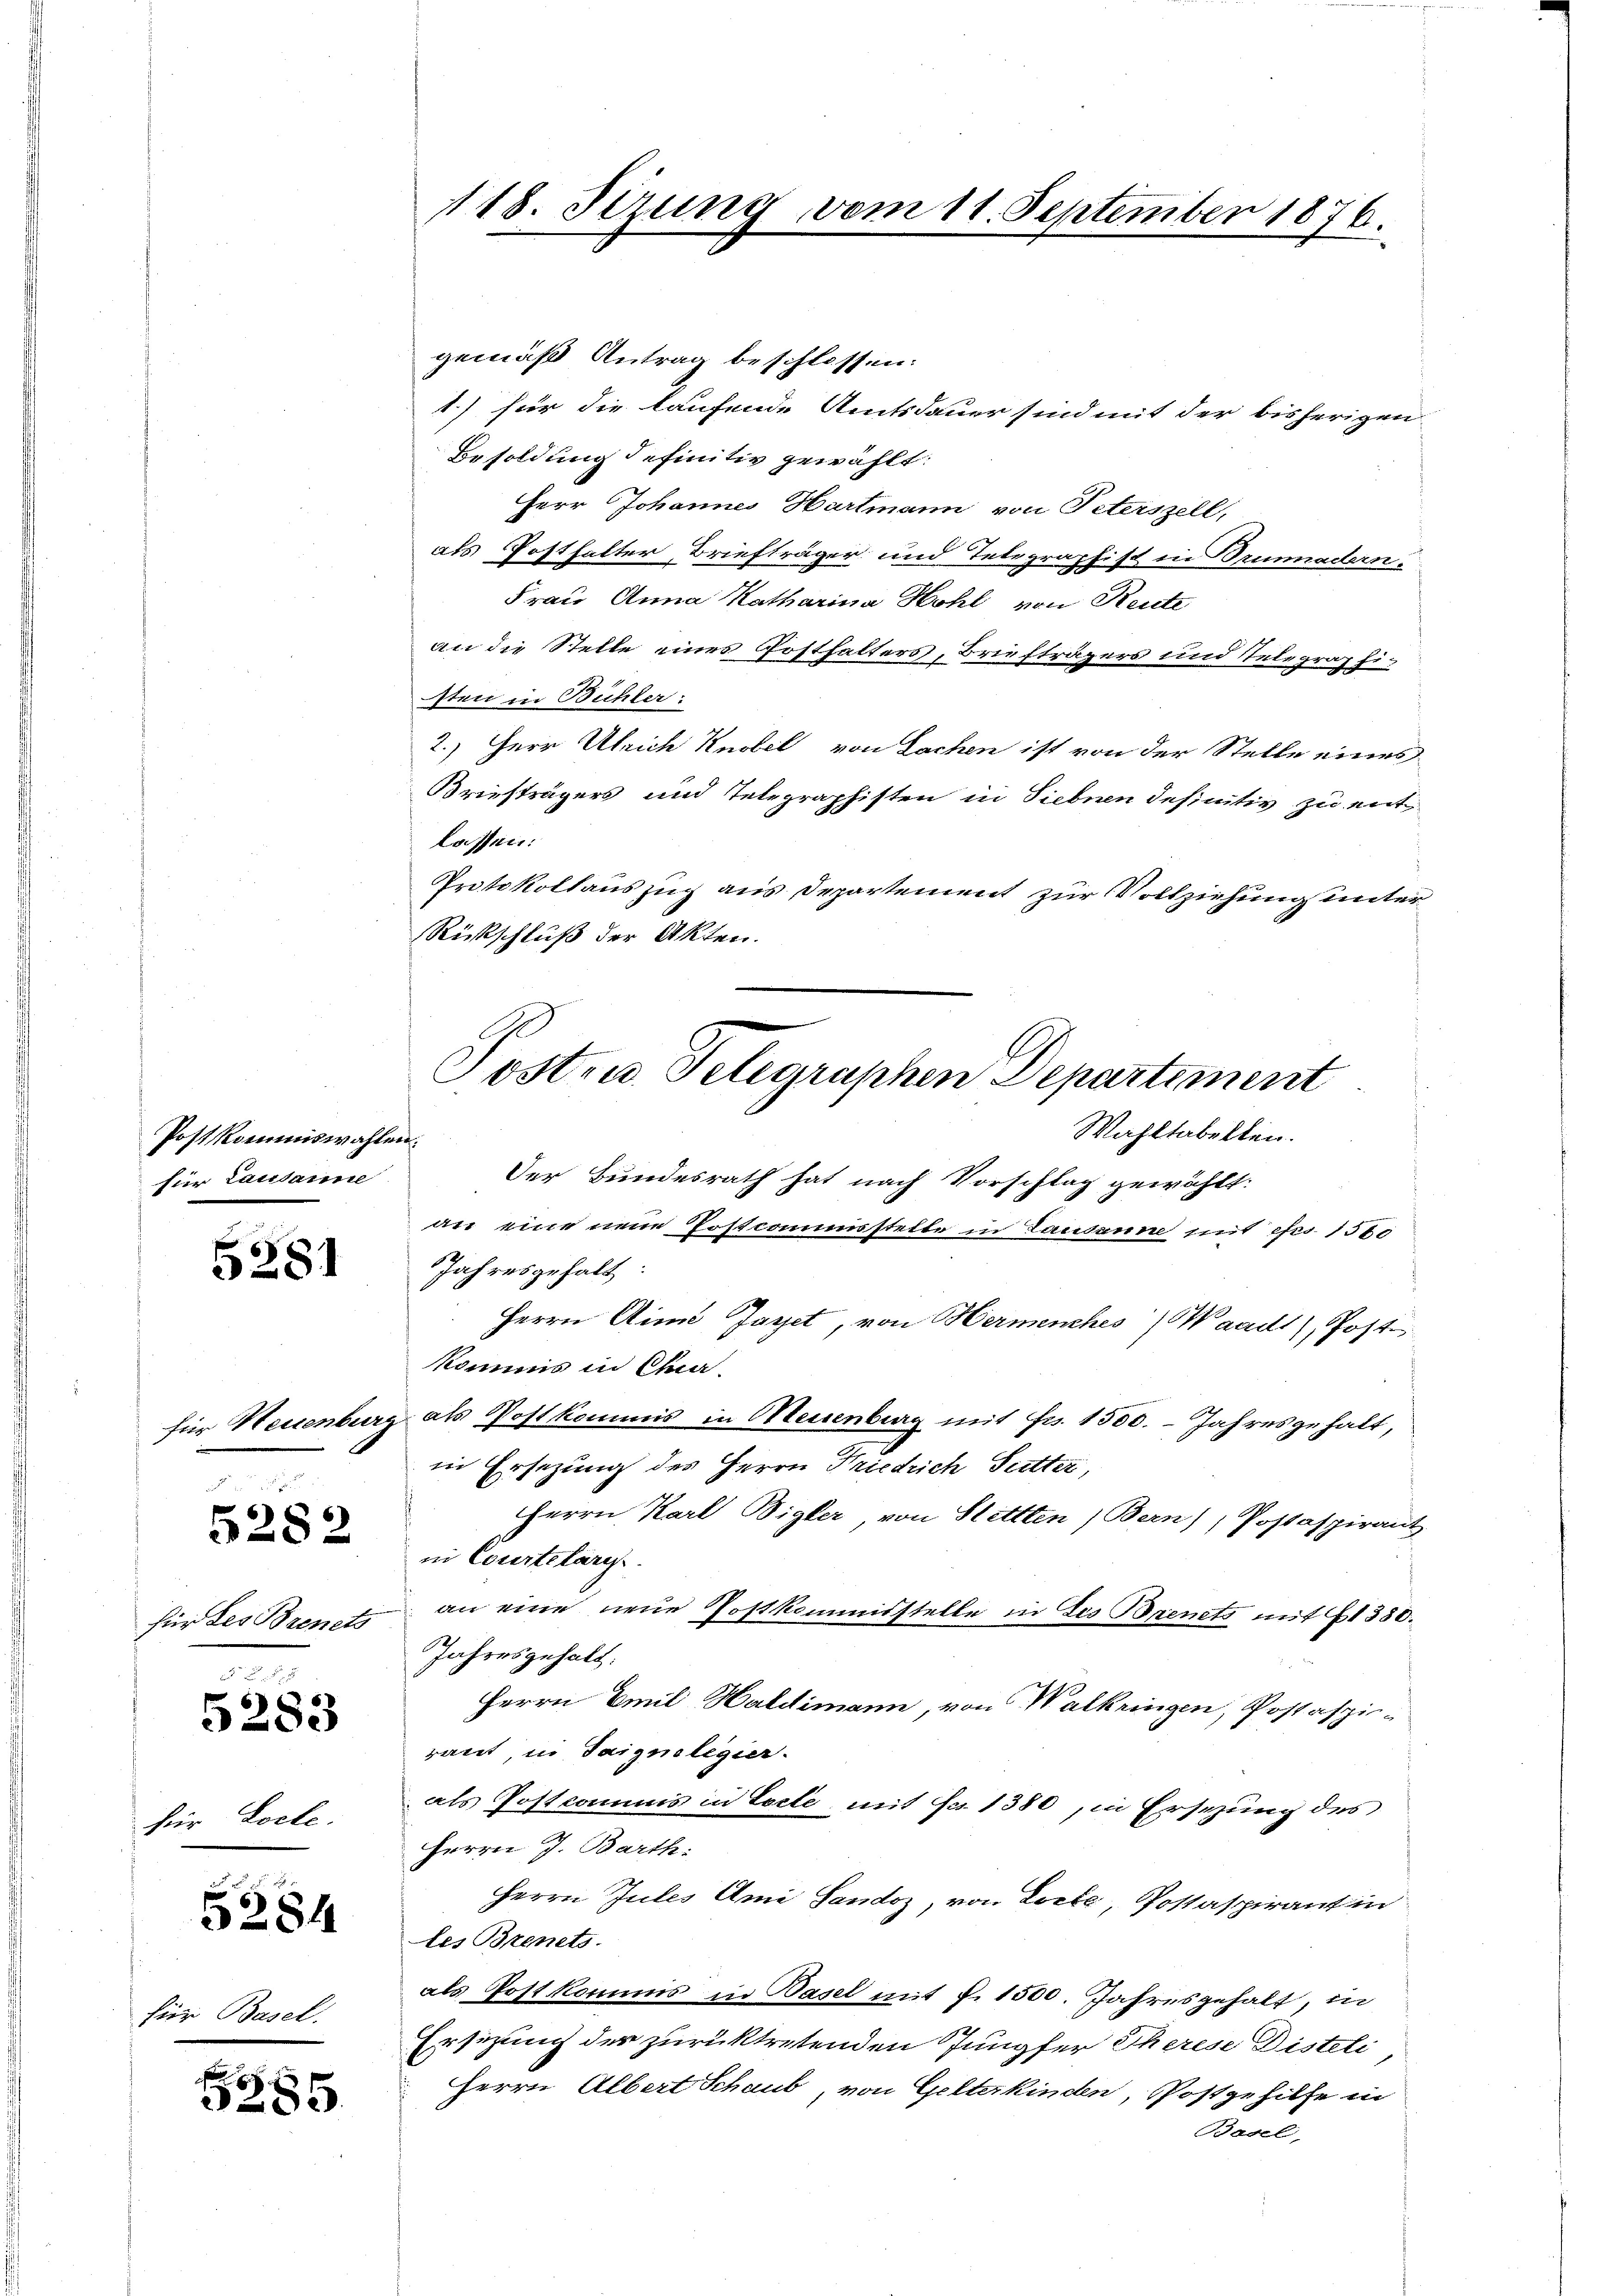
Postkommiswahlen
für Lausanne

5281

für Neuenburg
i

für des Brenets
e

5282

5283

ir Vorle-

5284

für Basel.

385.

gemäß Antrag beschlossen:
1.) für die laufende Amtsdauer sind mit der bisherigen
Besoldung definitiv gewählt:
Herr Johannes Hartmann von Peterszell,
als Posthalter, Briefträger und Telegraphist in Brunnadern¬
Frau Anna Katharina Hohl von Reute
an die Stelle eines Posthalters, Briefträgers und Telegraphisten in Bühler:
2.) Herr Ulrich Knobel von Sachen ist von der Stelle eines
Briefträgers und Telegraphisten in Sieben definitiv zu entlassen:
Protokollauszug aus Departement zur Vollziehung unter
Rückschluß der Akten.

118. Sezung vom 11. September 1876.

Posten Telegraphen Departement
Wahltabellen.
t

Der Bundesrath hat nach Vorschlag gewählt:
an eine neue Postcommisstelle in Lausanne mit efrs. 1560
Jahresgehalt
Herrn Ain Jaget, von Hermenches Waadt), Post
komms in Char
als Postkommis in Meisenberg mit Fr. 1500. - Jahresgehalt,
in Ersezung des Herrn Friedrich Sutter,
Herrn Karl Bigler von Stettten (Bern), Postaspirant
in Courtelarg
an eine neue Postkommtstelle in des Brenets mit 1380.
Jahresgehalt:
Herrn Emil Haldimann, von Walkringen, Postaspiraut, in Saignolegier
 als Postcomunis in Tocte mit No 1380, in Ersezung des
Herrn J. Barth.
Herrn Jules Ami Sandoz, von Locke, Postaspirant in
les Brenets.
als Post kommis in Basel mit P. 1500. Jahresgehalt, in
Ersitzung der zurücktretenden Jungfer Therese Disteti
Herrn Albert Schaub, von Gelterkinden, Postgehilfe in
Basel,